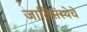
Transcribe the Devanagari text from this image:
जातिसंस्थेचे